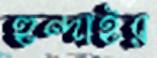
হুন্দাইর